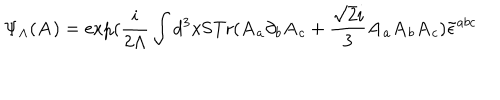
LaTeX: \Psi _ { \Lambda } ( { \bf A } ) = \exp ( { \frac { i } { 2 \Lambda } } \int d ^ { 3 } x \mathrm { S T r } ( { \bf A } _ { a } \partial _ { b } { \bf A } _ { c } + { \frac { \sqrt { 2 } i } { 3 } } { \bf A } _ { a } { \bf A } _ { b } { \bf A } _ { c } ) \tilde { \epsilon } ^ { a b c }